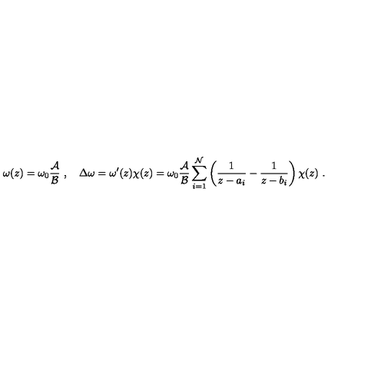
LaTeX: \omega ( z ) = \omega _ { 0 } { \frac { \cal A } { \cal B } } \ , \quad \Delta \omega = \omega ^ { \prime } ( z ) \chi ( z ) = \omega _ { 0 } { \frac { \cal A } { \cal B } } \sum _ { i = 1 } ^ { \cal N } \left( { \frac { 1 } { z - a _ { i } } } - { \frac { 1 } { z - b _ { i } } } \right) \chi ( z ) \ .